Medical and sanitary report of the native army of Madras for the year
Year: 1872
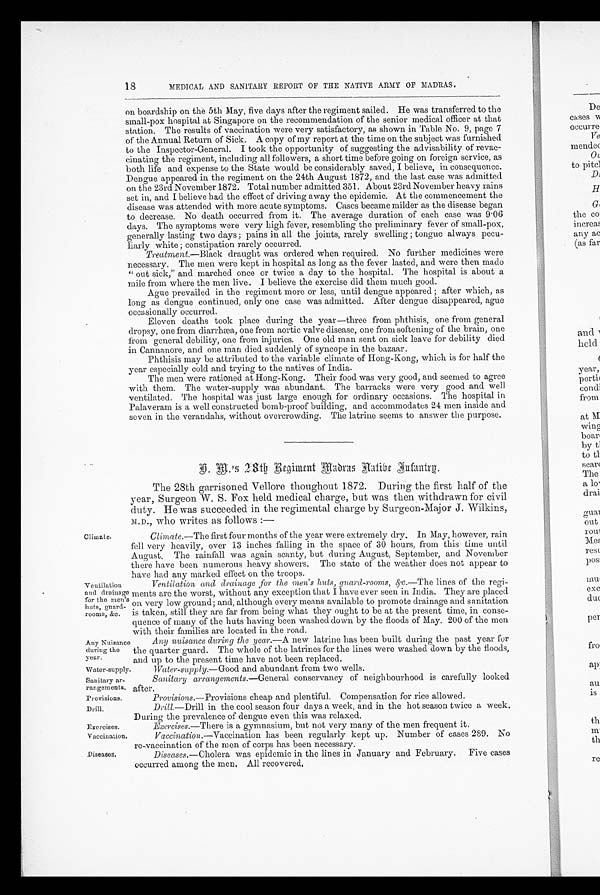
Sanitary ar
-rangements.
Provisions.
Drill.
Exercises.
Vaccination.
Diseases.
18
MEDICAL AND SANITARY REPORT OF THE NATIVE ARMY OF MADRAS.
o n
b o a r d s h i p o n t h e 5 t h M a y , f i v e d a y s a f t e r t h e r e g i m e n t s a i l e d . H e w a s t r a n s f e r r e d t o t h e
small-pox hospital at Singapore on the recommendation of the senior medical officer at that
station. The results of vaccination were very satisfactory, as shown in Table No. 9, page 7
of the Annual Return of Sick. A copy of my report at the time on the subject was furnished
to the Inspector-General. I took the opportunity of suggesting the advisability of revac
-
cinating the regiment, including all followers, a short time before going on foreign service, as
both life and expense to the State would be considerably saved, I believe, in consequence.
Dengue appeared in the regiment on the 24th August 1872, and the last case was admitted
on the 23rd November 1872. Total number admitted 351. About 23rd November heavy rains
set in, and I believe had the effect of driving away the epidemic. At the commencement the
disease was attended with more acute symptoms. Cases became milder as the disease began
to decrease. No death occurred from it. The average duration of each case was 9.06
days. The symptoms were very high fever, resembling the preliminary fever of small-pox,
generally lasting two days; pains in all the joints, rarely swelling ; tongue always pecu
-
liarly white ; constipation rarely occurred.
Treatment.—Black draught was ordered when required. No further medicines were
necessary. The men were kept in hospital as long as the fever lasted, and were then made
"out sick," and marched once or twice a day to the hospital. The hospital is about a
mile from where the men live. I believe the exercise did them much good.
Ague prevailed in the regiment more or less, until dengue appeared ; after which, as
long as dengue continued, only one case was admitted. After dengue disappeared, ague
occasionally occurred.
Eleven deaths took place during the year—three from phthisis, one from general
dropsy, one from diarrhæa, one from aortic valve disease, one from softening of the brain, one
from general debility, one from injuries. One old man sent on sick leave for debility died
in Cannanore, and one man died suddenly of syncope in the bazaar.
Phthisis may be attributed to the variable climate of Hong-Kong, which is for half the
year especially cold and trying to the natives of India.
The men were rationed at Hong-Kong. Their food was very good, and seemed to agree
with them. The water-supply was abundant. The barracks were very good and well
ventilated. The hospital was just large enough for ordinary occasions. The hospital in
Palaveram is a well constructed bomb-proof building, and accommodates 24 men inside and
seven in the verandahs, without overcrowding. The latrine seems to answer the purpose.
I . M . ' s 2
8 t h R e g i m e n t M a d r a s N a t i v e I n f a n t r y .
The 28th garrisoned Vellore thoughout 1872. During the first half of the
year, Surgeon W. S. Fox held medical charge, but was then withdrawn for civil
duty. He was succeeded in the regimental charge by Surgeon-Major J. Wilkins,
M . D . , w h o w r i t e s a s f o l l o w s : —
Climate.
Ventilation
and drainage
for the men's
huts, guard
-
rooms, &c.
Climate.—The first four months of the year were extremely dry. In May, however, rain
fell very heavily, over 13 inches falling in the space of 30 hours, from this time until
A u g u s t . T h e r a i n f a l l w a s a g a i n s c a n t y , b u t d u r i n g A u g u s t , S e p t e m b e r , a n d N o v e m b e r
there have been numerous heavy showers. The state of the weather does not appear to
have had any marked effect on the troops.
Ventilation and drainage for the men's huts, guard-rooms, & c.—The lines of the regi
-
ments are the worst, without any exception that I have ever seen in India. They are placed
on very low ground; and, although every means available to promote drainage and sanitation
is taken, still they are far from being what they ought to be at the present time, in conse
-
quence of many of the huts having been washed down by the floods of May. 200 of the men
with their families are located in the road.
Any Nuisance
during the
year.
Any nuisance during the year.—A new latrine has been built during the past year for
the quarter guard. The whole of the latrines for the lines were washed down by the floods,
and up to the present time have not been replaced.
Water-supply.
Water-supply—Good and abundant from two wells.
Sanitary arrangements. —General conservancy of neighbourhood is carefully looked
after.
Provisions.—Provisions cheap and plentiful. Compensation for rice allowed.
Drill.— Drill in the cool season four days a week, and in the hot season twice a week.
During the prevalence of dengue even this was relaxed.
Exercises.—There is a gymnasium, but not very many of the men frequent it.
Vaccination. —Vaccination has been regularly kept up. Number of cases 289. No
re-vaccination of the men of corps has been necessary.
Diseases.— Cholera was epidemic in the lines in January and February. Five cases
occurred among the men. All recovered.